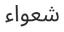
شعواء